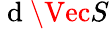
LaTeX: \mathrm{~d~}\Vec{S}